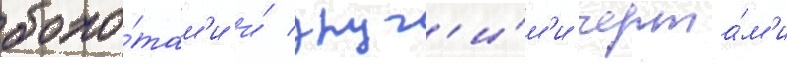
боло́там'и и́ друг'и́м'и черта́м'и